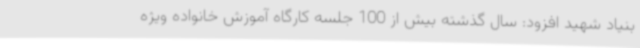
بنیاد شهید افزود: سال گذشته بیش از 100 جلسه کارگاه آموزش خانواده ویژه